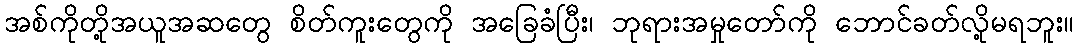
အစ်ကိုတို့အယူအဆတွေ စိတ်ကူးတွေကို အခြေခံပြီး၊ ဘုရားအမှုတော်ကို ဘောင်ခတ်လို့မရဘူး။